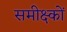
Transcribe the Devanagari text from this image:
समीक्ष्कों